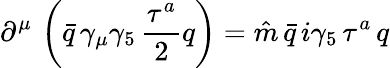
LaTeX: \partial^{\mu}\, \left(\bar{q}\, \gamma_{\mu}\gamma_{5}\, \frac{\tau^{a}}{2}q\right)=\hat{m}\, \bar{q}\, i\gamma_{5}\, \tau^{a}\, q